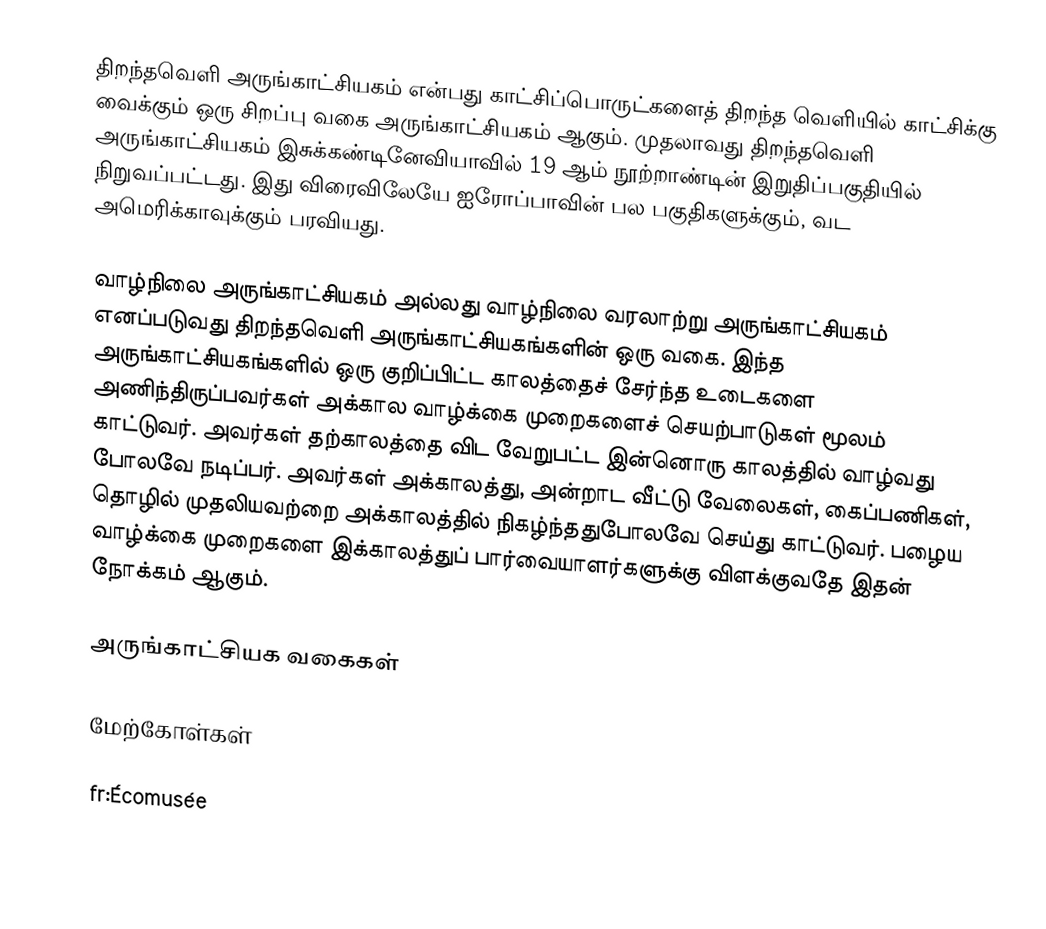
திறந்தவெளி அருங்காட்சியகம் என்பது காட்சிப்பொருட்களைத் திறந்த வெளியில் காட்சிக்கு வைக்கும் ஒரு சிறப்பு வகை அருங்காட்சியகம் ஆகும். முதலாவது திறந்தவெளி அருங்காட்சியகம் இசுக்கண்டினேவியாவில் 19 ஆம் நூற்றாண்டின் இறுதிப்பகுதியில் நிறுவப்பட்டது. இது விரைவிலேயே ஐரோப்பாவின் பல பகுதிகளுக்கும், வட அமெரிக்காவுக்கும் பரவியது.

வாழ்நிலை அருங்காட்சியகம் அல்லது வாழ்நிலை வரலாற்று அருங்காட்சியகம் எனப்படுவது திறந்தவெளி அருங்காட்சியகங்களின் ஒரு வகை. இந்த அருங்காட்சியகங்களில் ஒரு குறிப்பிட்ட காலத்தைச் சேர்ந்த உடைகளை அணிந்திருப்பவர்கள் அக்கால வாழ்க்கை முறைகளைச் செயற்பாடுகள் மூலம் காட்டுவர். அவர்கள் தற்காலத்தை விட வேறுபட்ட இன்னொரு காலத்தில் வாழ்வது போலவே நடிப்பர். அவர்கள் அக்காலத்து, அன்றாட வீட்டு வேலைகள், கைப்பணிகள், தொழில் முதலியவற்றை அக்காலத்தில் நிகழ்ந்ததுபோலவே செய்து காட்டுவர். பழைய வாழ்க்கை முறைகளை இக்காலத்துப் பார்வையாளர்களுக்கு விளக்குவதே இதன் நோக்கம் ஆகும்.

அருங்காட்சியக வகைகள்

மேற்கோள்கள்

fr:Écomusée